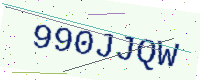
Text: 990JJQW